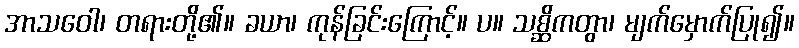
အာသဝေါ၊ တရားတို့၏။ ခယာ၊ ကုန်ခြင်းကြောင့်။ ပ။ သစ္ဆိကတွာ၊ မျက်မှောက်ပြု၍။